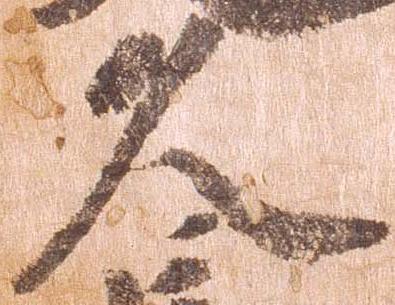
久